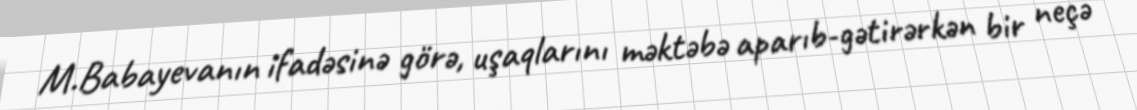
M.Babayevanın ifadəsinə görə, uşaqlarını məktəbə aparıb-gətirərkən bir neçə